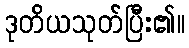
ဒုတိယသုတ်ပြီး၏။